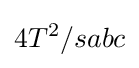
4T^{2}/sabc